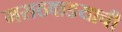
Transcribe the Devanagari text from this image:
मराठवाडयाची